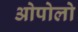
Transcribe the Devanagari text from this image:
ओपोलो